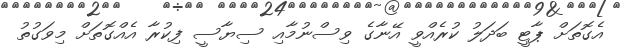
އެގޮތަށް ޕާޓީ ބަދަލު ކުރެއްވީ އޭނާގެ ވިސްނުމާއި ސިޔާސީ ފިކުރާ އެއްގޮތަށް މިވަގުތު